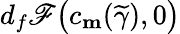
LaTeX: d_{f}\mathscr{F}\big(c_{\mathbf{m}}(\widetilde{\gamma}),0\big)